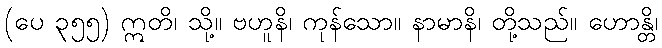
(ပေ ၃၅၅) ဣတိ၊ သို့။ ဗဟူနိ၊ ကုန်သော။ နာမာနိ၊ တို့သည်။ ဟောန္တိ၊